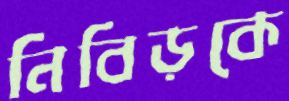
নিবিড়কে